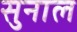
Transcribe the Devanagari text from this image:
सुनाल